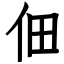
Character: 佃